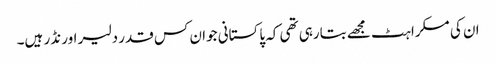
ان کی مسکراہٹ مجھے بتارہی تھی کہ پاکستانی جوان کس قدر دلیر اور نڈر ہیں۔